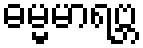
ဓမ္မမာရဗ္ဘ